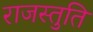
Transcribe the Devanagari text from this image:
राजस्तुति